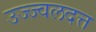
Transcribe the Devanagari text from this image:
उज्ज्वलदत्त